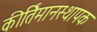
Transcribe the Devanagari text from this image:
कीर्तिमानस्थापक